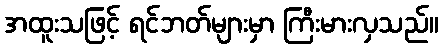
အထူးသဖြင့် ရင်ဘတ်များမှာ ကြီးမားလှသည်။